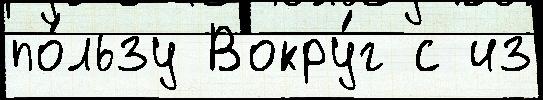
по́льзу Вокру́г с из